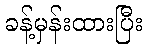
ခန့်မှန်းထားပြီး